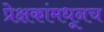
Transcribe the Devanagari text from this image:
प्रेक्षकांमधूनच